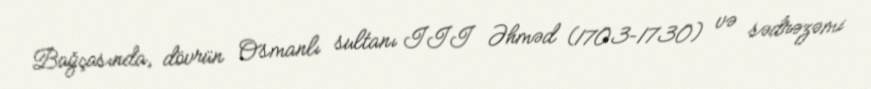
Bağçasında, dövrün Osmanlı sultanı III Əhməd (1703–1730) və sədrəzəmi